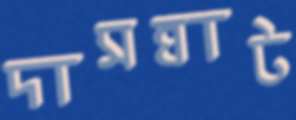
দাসঘাট